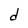
Character: d